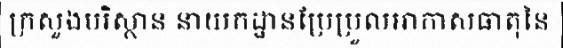
ក្រសួងបរិស្ថាន នាយកដ្ឋានប្រែប្រួលអាកាសធាតុនៃ